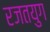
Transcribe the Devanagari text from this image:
रजतयुग